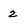
Character: Z